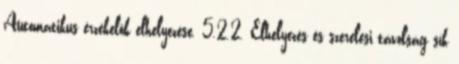
Automatikus érzékelõk elhelyezése. 5.2.2. Elhelyezés és szerelési távolság sík